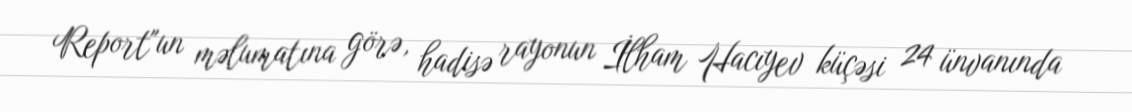
Report"un məlumatına görə, hadisə rayonun İlham Hacıyev küçəsi 24 ünvanında